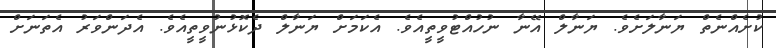
ކުށެއްނެތް ޔަނާލަށެވެ. ޔަނާލް އޭނާ ނުހުއްޓުވީތީއެވެ. އެކަމަށް ޔަނާލް ދެކޮޅުނުވީތީއެވެ. އެދަންވަރު އެތަނަށް